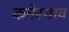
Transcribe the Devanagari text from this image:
कनेरगाव